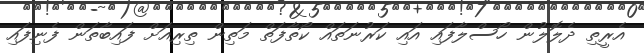
އެރީތި ދެލޮލުން ހޯސްލާފައި އައި ކަރުނަތައް ކޯތާފަތް މަތިން ތިރިއަށް ފައިބާތަން ފެނިފައި